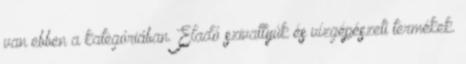
van ebben a kategóriában. Eladó szivattyúk és vízgépészeti termékek.